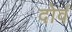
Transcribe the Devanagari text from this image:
दोवं